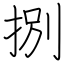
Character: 捌